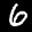
Label: 6